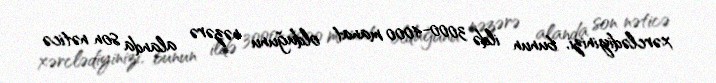
xərclədiyinizi, bunun ildə 3000-4000 manat olduğunu nəzərə alanda son nəticə